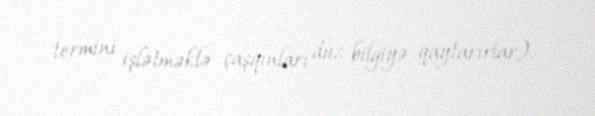
termini işlətməklə çaşqınları düz bilgiyə qaytarırlar).